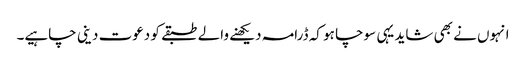
انہوں نے بھی شاید یہی سوچا ہو کہ ڈرامہ دیکھنے والے طبقے کو دعوت دینی چاہیے۔